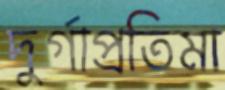
দুর্গাপ্রতিমা